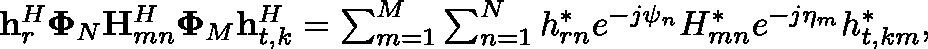
\begin{array} { r } { \mathbf { h } _ { r } ^ { H } \mathbf { \Phi } _ { N } \mathbf { H } _ { m n } ^ { H } \mathbf { \Phi } _ { M } \mathbf { h } _ { t , k } ^ { H } = \sum _ { m = 1 } ^ { M } \sum _ { n = 1 } ^ { N } { h } _ { r n } ^ { * } e ^ { - j \psi _ { n } } { H } _ { m n } ^ { * } e ^ { - j \eta _ { m } } { h } _ { t , k m } ^ { * } , } \end{array}